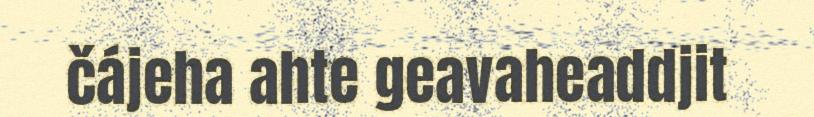
čájeha ahte geavaheaddjit